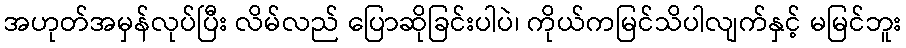
အဟုတ်အမှန်လုပ်ပြီး လိမ်လည် ပြောဆိုခြင်းပါပဲ၊ ကိုယ်ကမြင်သိပါလျက်နှင့် မမြင်ဘူး